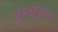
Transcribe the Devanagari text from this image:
युगलांगुल्य